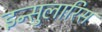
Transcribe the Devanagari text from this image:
इन्सुलारिस